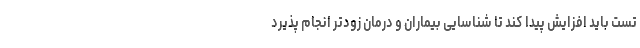
تست باید افزایش پیدا کند تا شناسایی بیماران و درمان زودتر انجام پذیرد